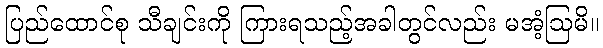
ပြည်ထောင်စု သီချင်းကို ကြားရသည့်အခါတွင်လည်း မအံ့ဩမိ။